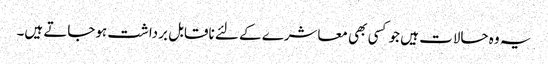
یہ وہ حالات ہیں جو کسی بھی معاشرے کے لئے ناقابل برداشت ہوجاتے ہیں۔